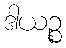
ဒါယဉ္စ